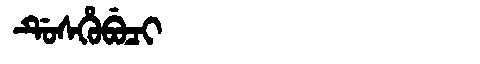
Manchu: ᡩᡠᠰᡥᡠᠪᡠᠴᡳ
Romanization: DUSHUBUCI